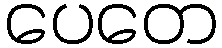
ပေတေ